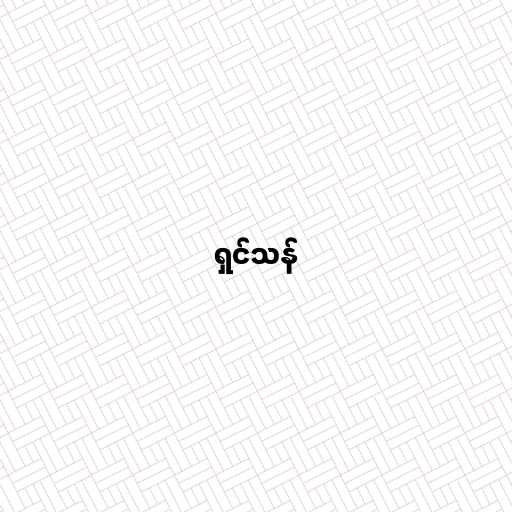
ရှင်သန်